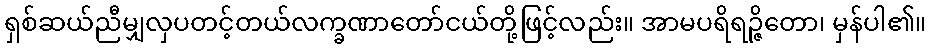
ရှစ်ဆယ်ညီမျှလှပတင့်တယ်လက္ခဏာတော်ငယ်တို့ဖြင့်လည်း။ အာမပရိရဉ္ဇိတော၊ မှန်ပါ၏။